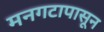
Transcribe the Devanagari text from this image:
मनगटापासून